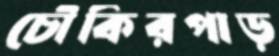
চৌকিরপাড়